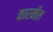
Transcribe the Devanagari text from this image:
कारमील